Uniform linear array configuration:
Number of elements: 8
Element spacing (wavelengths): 0.5
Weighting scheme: blackman
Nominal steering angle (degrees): -60
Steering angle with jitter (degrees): -58.105
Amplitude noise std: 0.05
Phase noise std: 0.05

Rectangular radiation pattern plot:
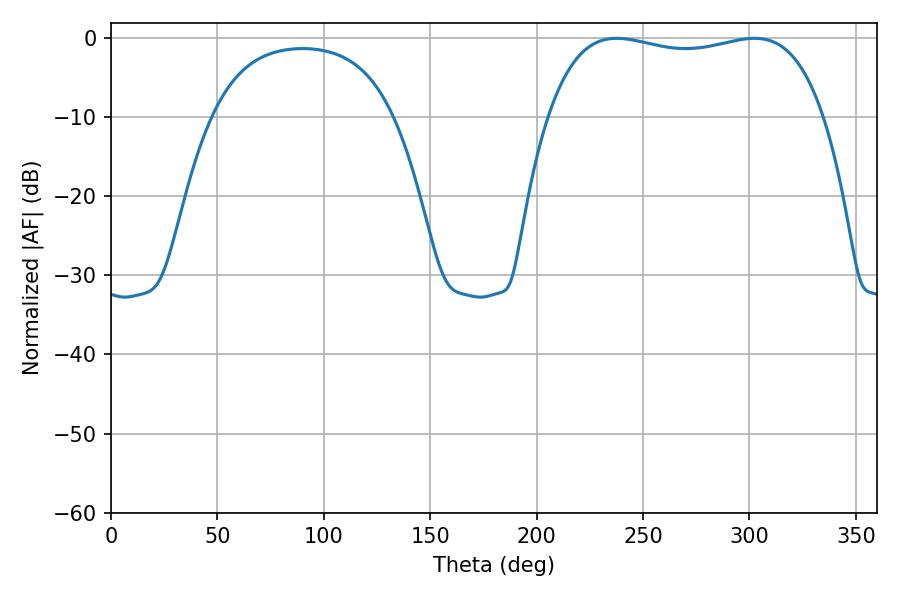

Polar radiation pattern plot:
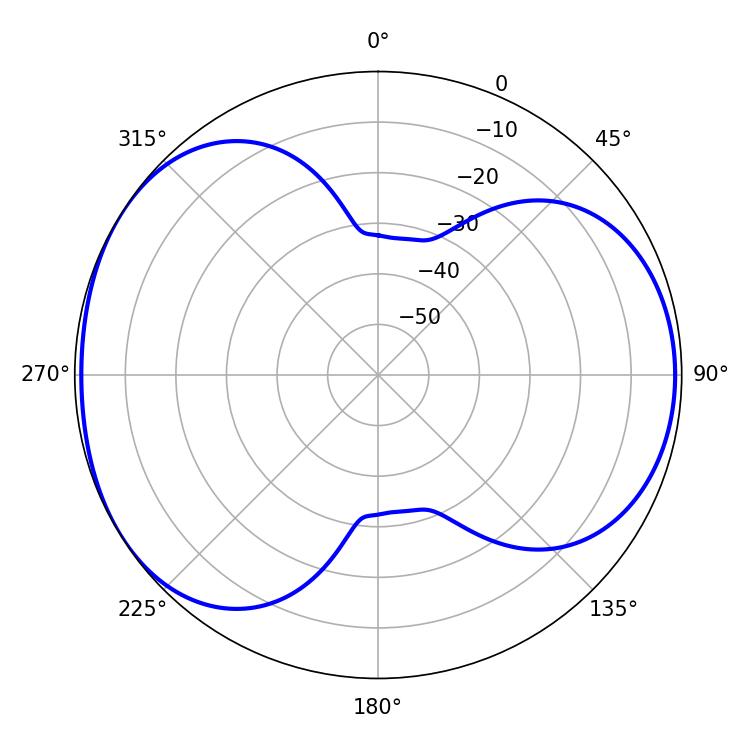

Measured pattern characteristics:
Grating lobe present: FALSE
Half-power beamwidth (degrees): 104.76
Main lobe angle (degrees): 237.6